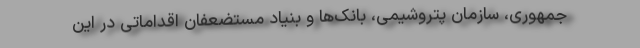
جمهوری، سازمان پتروشیمی، بانک‌ها و بنیاد مستضعفان اقداماتی در این